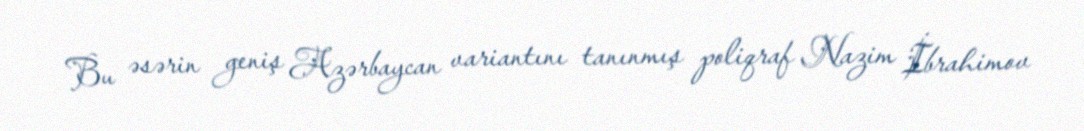
Bu əsərin geniş Azərbaycan variantını tanınmış poliqraf Nazim İbrahimov